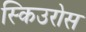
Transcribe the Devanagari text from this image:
स्किउरोस